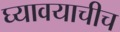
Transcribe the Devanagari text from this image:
घ्यावयाचीच